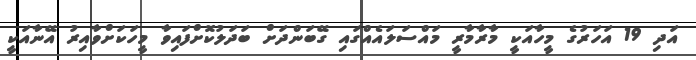
އަދި 19 އަހަރުގެ މީހާއަކީ މާރާމާރީ މައްސަލައެއްގައި ގޭބަންދަށް ބަދަލުކޮށްފައިވާ މީހަކަށްވާއިރު އޭނާއަކީ